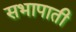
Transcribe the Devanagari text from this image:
सभापाती